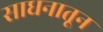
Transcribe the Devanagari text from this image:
साधनातून